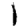
Digit: 1